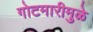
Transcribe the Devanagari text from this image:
गोटमारीमुळे